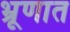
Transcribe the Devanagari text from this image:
भ्रूणात